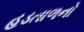
હડતાળનો